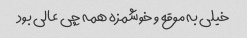
خیلی به موقع و خوشمزه همه چی عالی بود